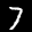
Label: 7